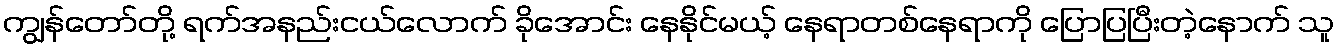
ကျွန်တော်တို့ ရက်အနည်းငယ်လောက် ခိုအောင်း နေနိုင်မယ့် နေရာတစ်နေရာကို ပြောပြပြီးတဲ့နောက် သူ